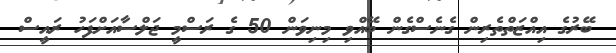
ބޭރުގެ އިއްޒަތްތެރިން ގެނެސްގެން ބޭއްވި މިނިވަން 50 ގެ ރަސްމީ ޖަލްސާއަށްފަހު ރައީސް